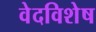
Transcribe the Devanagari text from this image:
वेदविशेष